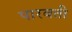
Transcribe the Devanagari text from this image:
पारबती